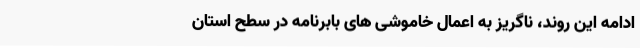
ادامه این روند، ناگریز به اعمال خاموشی های بابرنامه در سطح استان